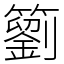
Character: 䉧